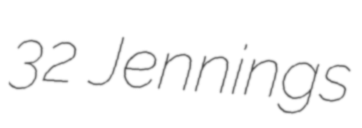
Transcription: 32 Jennings